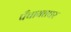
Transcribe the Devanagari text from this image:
पँचायतघर